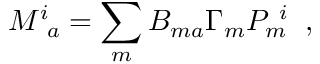
M _ { ~ a } ^ { i } = \sum _ { m } B _ { m a } \Gamma _ { m } P _ { m } ^ { ~ i } \; \; ,